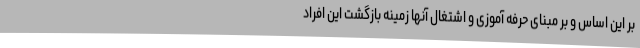
بر این اساس و بر مبنای حرفه آموزی و اشتغال آنها زمینه بازگشت این افراد